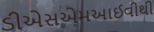
ડીએસએમઆઈવીથી